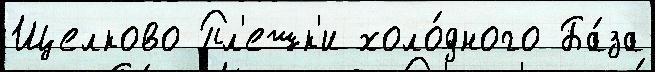
Щелково Пл'ешк'и холо́дного Ба́за